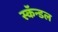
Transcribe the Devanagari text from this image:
स्कॅन्डल